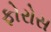
ફોરોસ